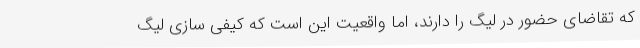
که تقاضای حضور در لیگ را دارند، اما واقعیت این است که ‌کیفی سازی لیگ